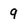
Character: 9